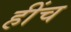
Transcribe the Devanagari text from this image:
हींच